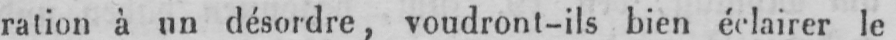
ration à un désordre, voudront-ils bien éclairer le